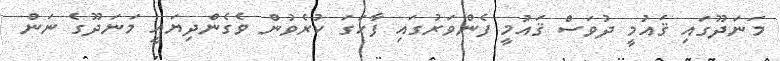
މަނަދޫގައި ޤައުމީ ދުވަސް ޤައުމީ ފެންވަރުގައި ފާހަގަ ކުރެވުން ވެގެންދިޔައީ މަނަދޫގެ ނަން